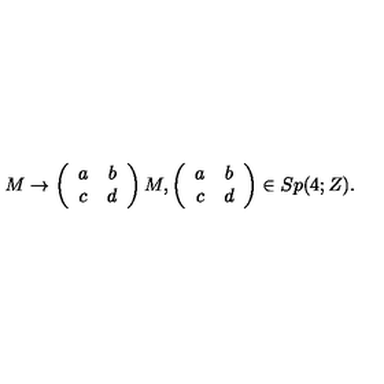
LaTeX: M \rightarrow \left( \begin{array} { c c } { a } & { b } \\ { c } & { d } \\ \end{array} \right) M , \left( \begin{array} { c c } { a } & { b } \\ { c } & { d } \\ \end{array} \right) \in S p ( 4 ; Z ) .